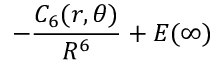
- \frac { C _ { 6 } ( r , \theta ) } { R ^ { 6 } } + E ( \infty )